Indian journal of veterinary science and animal husbandry - Volume 4,
Year: 1934
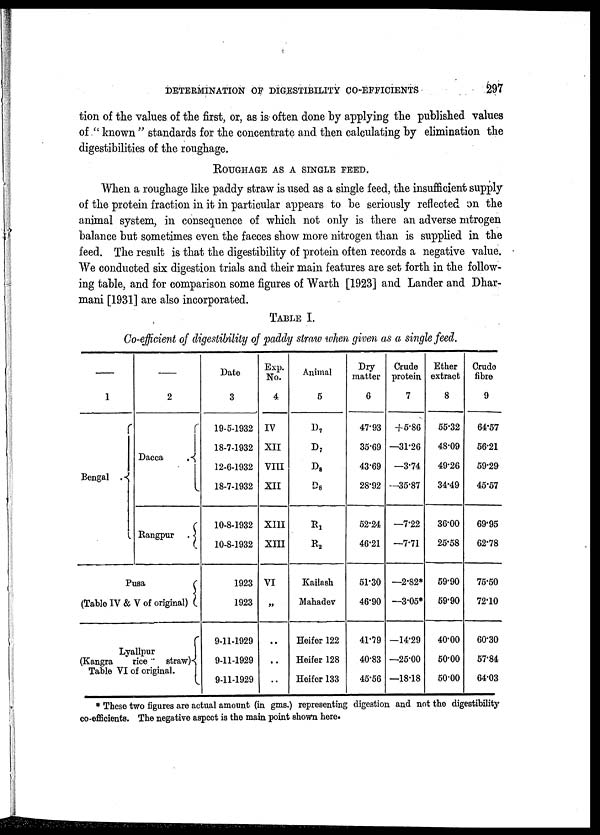
DETERMINATION OF DIGESTIBILITY CO-EFFICIENTS
297
tion of the values of the first, or, as is often done by applying the published values
of " known " standards for the concentrate and then calculating by elimination the
digestibilities of the roughage.
ROUGHAGE AS A SINGLE FEED.
When a roughage like paddy straw is used as a single feed, the insufficient supply
of the protein fraction in it in particular appears to be seriously reflected on the
animal system, in consequence of which not only is there an adverse mtrogen
balance but sometimes even the faeces show more nitrogen than is supplied in the
feed. The result is that the digestibility of protein often records a negative value.
We conducted six digestion trials and their main features are set forth in the follow-
ing table, and for comparison some figures of Warth [1923] and Lander and Dhar¬
mani [1931] are also incorporated.
TABLE I.
Co-efficient of digestibility of paddy straw when given as a single feed.
—
1
Bengal
{
—
2
Dacca
{
Rangpur
{
Pusa
(Table IV & V of original) {
Lyallpur
(Kangra
rice
straw){
Table VI of original.
Date
3
19-5-1932
18-7-1932
12-6-1932
18-7-1932
10-8-1932
10-8-1932
1923
1923
9-11-1929
9-11-1929
9-11-1929
Exp.
No.
4
IV
XII
VIII
XII
XIII
XIII
VI
..
..
..
..
Animal
5
D 7
D 7
D 8
D8
R 1
R 2
Kailash
Mahadev
Heifer 122
Heifer 128
Heifer 133
Dry
matter
6
47.93
35.69
43.69
28.92
52.24
46.21
51.30
46.90
41.79
40.83
45.56
Crude
protein
7
+5.86
—31.26
—3.74
—35.87
—7.22
—7.71
—2.82*
—3.05*
—14.29
—25.00
—18.18
Ether
extract
8
55.32
48.09
49.26
34.49
36.00
25.58
59.90
59.90
40.00
50.00
50.00
Crude
fibre
9
64.57
56.21
59.29
45.67
69.95
62.78
75.50
72.10
60.30
57.84
64.03
* These two figures are actual amount (in gms.) representing digestion and not the digestibility
co-efficients. The negative aspect is the main point shown here.